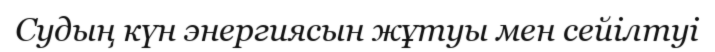
Судың күн энергиясын жұтуы мен сейілтуі